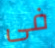
فى